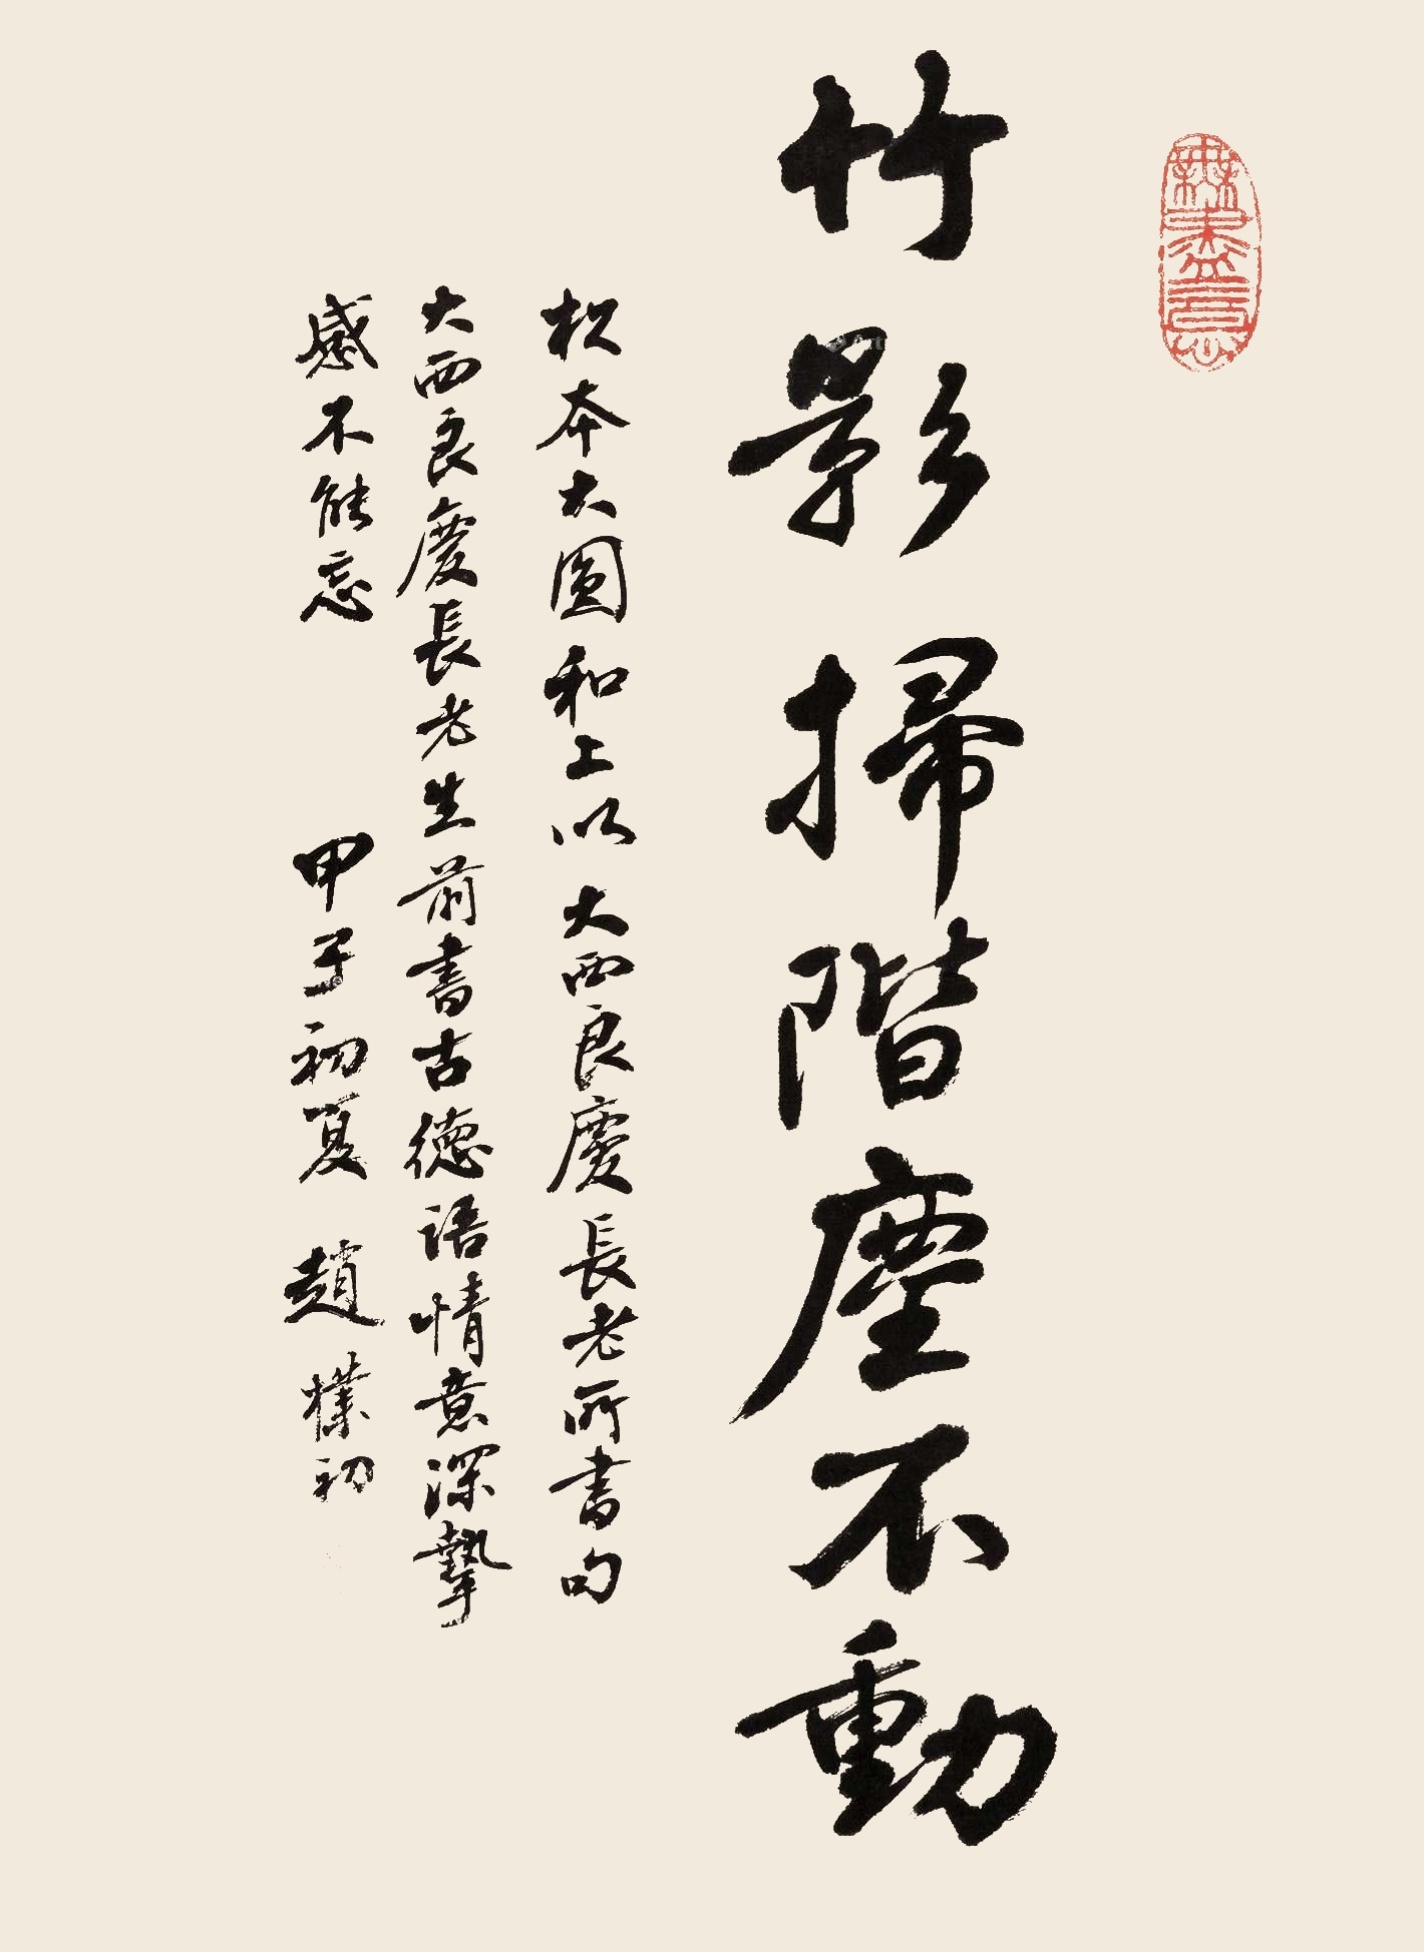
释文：竹影扫阶尘不动。杦本大圆和上以大西良庆长老所书句。大西良庆长老生前书古德，语情意深挚，感不能忘。甲子初夏，赵朴初。